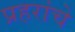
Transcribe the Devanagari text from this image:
प्रहरांचे